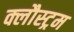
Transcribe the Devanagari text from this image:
क्लौस्ट्रम